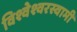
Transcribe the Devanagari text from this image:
विश्वेश्वरस्वामी